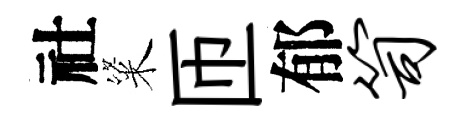
社粢匝郁笥